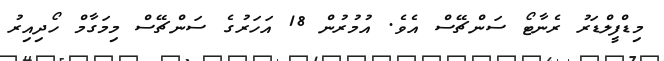
މިޑްފީލްޑަރު ރެނާޓޯ ސަންޗޭސް އެވެ. އުމުރުން 18 އަހަރުގެ ސަންޗޭސް މިމަގާމް ހޯދިިއިރު